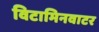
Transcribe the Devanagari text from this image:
विटामिनवाटर